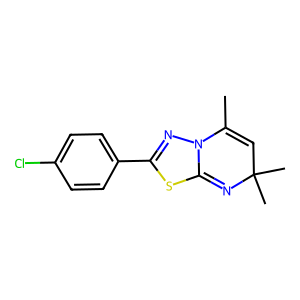
SMILES: CC1=CC(C)(C)N=C2SC(c3ccc(Cl)cc3)=NN12
Inhibits HIV replication: No